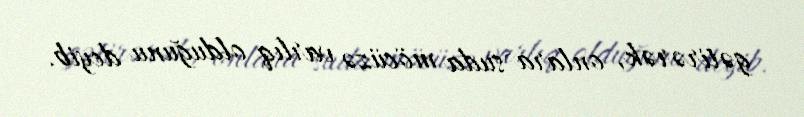
gətirərək, onlara suda möcüzə varlıq olduğunu deyib.